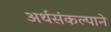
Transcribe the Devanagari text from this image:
अर्थसंकल्पाने